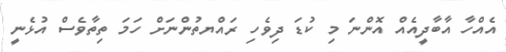
އެއްހާ އާބާދީއެއް އޮންނަ މި ކުޑަ ދިވެހި ރައްޔތުންނަށް ހަމަ ތިތާވެސް އުޅެނީ